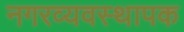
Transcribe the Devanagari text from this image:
नगरव्यवस्थापक